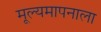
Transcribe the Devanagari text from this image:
मूल्यमापनाला